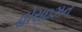
હોરાઇઝન